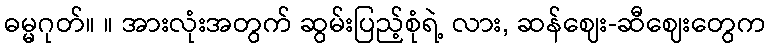
ဓမ္မဂုတ်။ ။ အားလုံးအတွက် ဆွမ်းပြည့်စုံရဲ့ လား, ဆန်ဈေး-ဆီဈေးတွေက